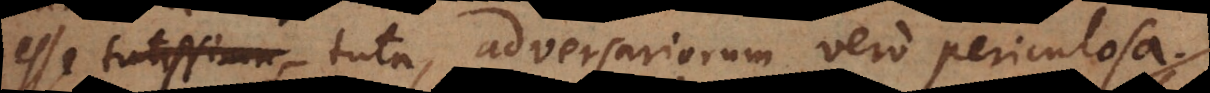
esse tuta, adversariorum vero periculosa.